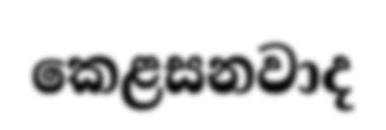
කෙළසනවාද